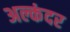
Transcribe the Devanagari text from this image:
अल्कंदर